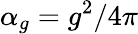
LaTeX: \alpha_{g}=g^{2}/4\pi